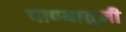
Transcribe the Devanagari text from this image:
पाण्यातुनी